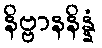
နိဗ္ဗာနနိန္နံ